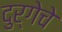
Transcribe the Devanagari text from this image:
दुर्गेचे